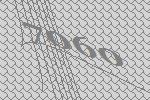
7060